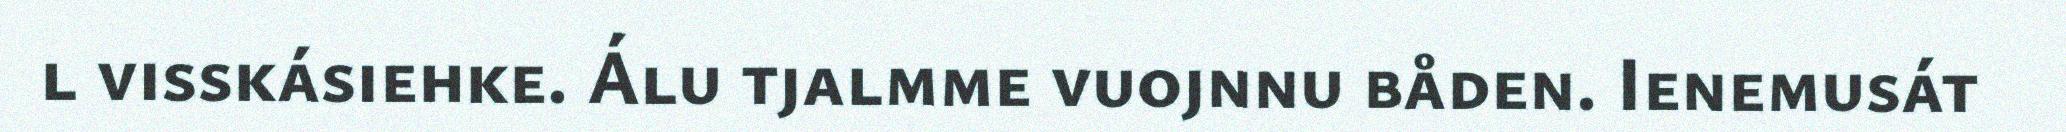
l visskásiehke. Álu tjalmme vuojnnu båden. Ienemusát